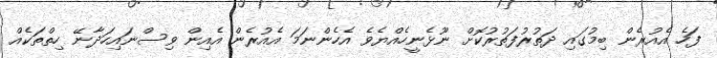
ފަހެ އެއުރެން ބިމުގައި ދަތުރުފަތުރުކޮށް ނޫޅެނީހެއްޔެވެ އެހެންނަމަ އެއުރެން އެއިން ވިސްނައިހަދާނޭ ހިތްތަކެއް